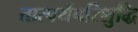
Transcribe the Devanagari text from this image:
तात्पर्यपरिशुद्धि